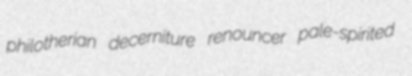
philotherian decerniture renouncer pale-spirited